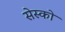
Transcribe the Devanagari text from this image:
सेस्को